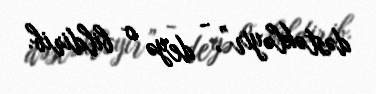
dəstəkləyir”, - deyə o bildirib.